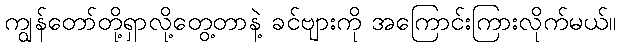
ကျွန်တော်တို့ရှာလို့တွေ့တာနဲ့ ခင်ဗျားကို အကြောင်းကြားလိုက်မယ်။